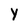
Character: Y